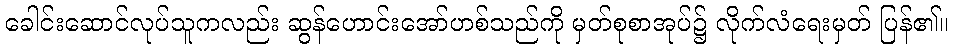
ခေါင်းဆောင်လုပ်သူကလည်း ဆွန်ဟောင်းအော်ဟစ်သည်ကို မှတ်စုစာအုပ်၌ လိုက်လံရေးမှတ် ပြန်၏။